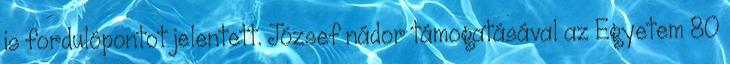
is fordulópontot jelentett. József nádor támogatásával az Egyetem 80